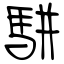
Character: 駢